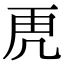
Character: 𮓙